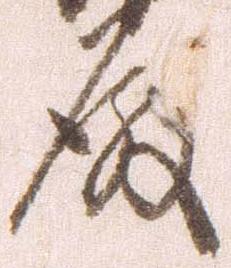
殿